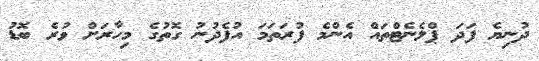
ދުނިޔެ ފަދަ ޕްލެނެޓްތައް އެންމެ ފުރަތަމަ އުފެދުނު ގޮތުގެ މިހާރަށް ވުރެ ބޮޑު